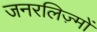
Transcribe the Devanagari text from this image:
जनरलिज़्मों